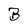
Character: B